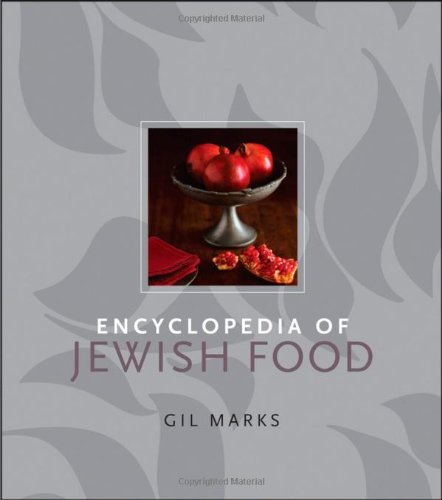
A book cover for Encyclopedia of Jewish Food; Gil Marks; Cookbooks, Food & Wine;